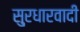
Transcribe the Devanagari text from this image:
सु्रधारवादी